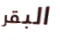
البقر